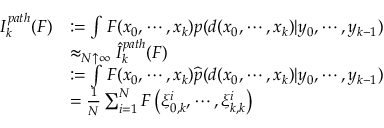
{ \begin{array} { r l } { I _ { k } ^ { p a t h } ( F ) } & { : = \int F ( x _ { 0 } , \cdots , x _ { k } ) p ( d ( x _ { 0 } , \cdots , x _ { k } ) | y _ { 0 } , \cdots , y _ { k - 1 } ) } \\ & { \approx _ { N \uparrow \infty } { \widehat { I } } _ { k } ^ { p a t h } ( F ) } \\ & { : = \int F ( x _ { 0 } , \cdots , x _ { k } ) { \widehat { p } } ( d ( x _ { 0 } , \cdots , x _ { k } ) | y _ { 0 } , \cdots , y _ { k - 1 } ) } \\ & { = { \frac { 1 } { N } } \sum _ { i = 1 } ^ { N } F \left( \xi _ { 0 , k } ^ { i } , \cdots , \xi _ { k , k } ^ { i } \right) } \end{array} }